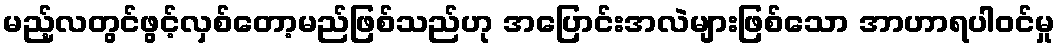
မည့်လတွင်ဖွင့်လှစ်တော့မည်ဖြစ်သည်ဟု အပြောင်းအလဲများဖြစ်သော အာဟာရပါဝင်မှု